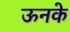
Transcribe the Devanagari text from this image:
ऊनके